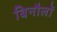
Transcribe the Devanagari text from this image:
बिनौलों